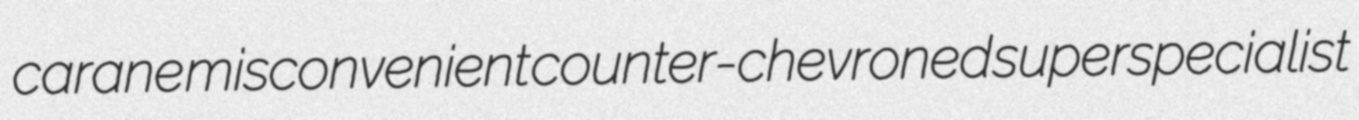
carane misconvenient counter-chevroned superspecialist